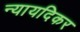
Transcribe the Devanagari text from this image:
न्यायदिकर